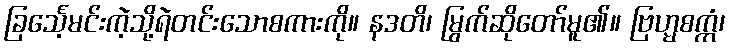
ခြင်္သေ့မင်းကဲ့သို့ရဲတင်းသောစကားကို။ နဒတိ၊ မြွက်ဆိုတော်မူ၏။ ဗြဟ္မစက္ကံ၊